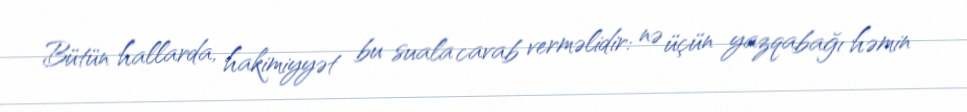
Bütün hallarda, hakimiyyət bu suala cavab verməlidir: nə üçün yazqabağı həmin